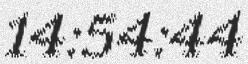
14:54:44